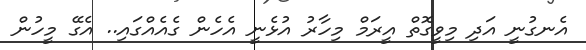
އެނގުނީ އަދި މިވީގޮތް އީރަމް މިހާރު އުޅެނީ އެހެން ގެއެއްގައި.. އެގޭ މީހުން